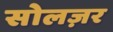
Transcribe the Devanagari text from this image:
सोलज़र